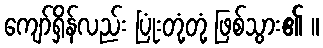
ကျော်ရှိန်လည်း ပြုံးတုံ့တုံ့ ဖြစ်သွား၏ ။